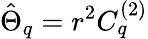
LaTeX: \hat{\Theta}_{q}=r^{2}C_{q}^{(2)}